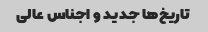
تاریخ‌ها جدید و اجناس عالی